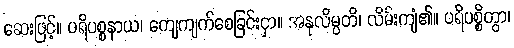
ဆေးဖြင့်။ ပရိပစ္စနာယ၊ ကျေကျက်စေခြင်းငှာ။ အနုလိမ္ပတိ၊ လိမ်းကျံ၏။ ပရိပစ္စိတွာ၊